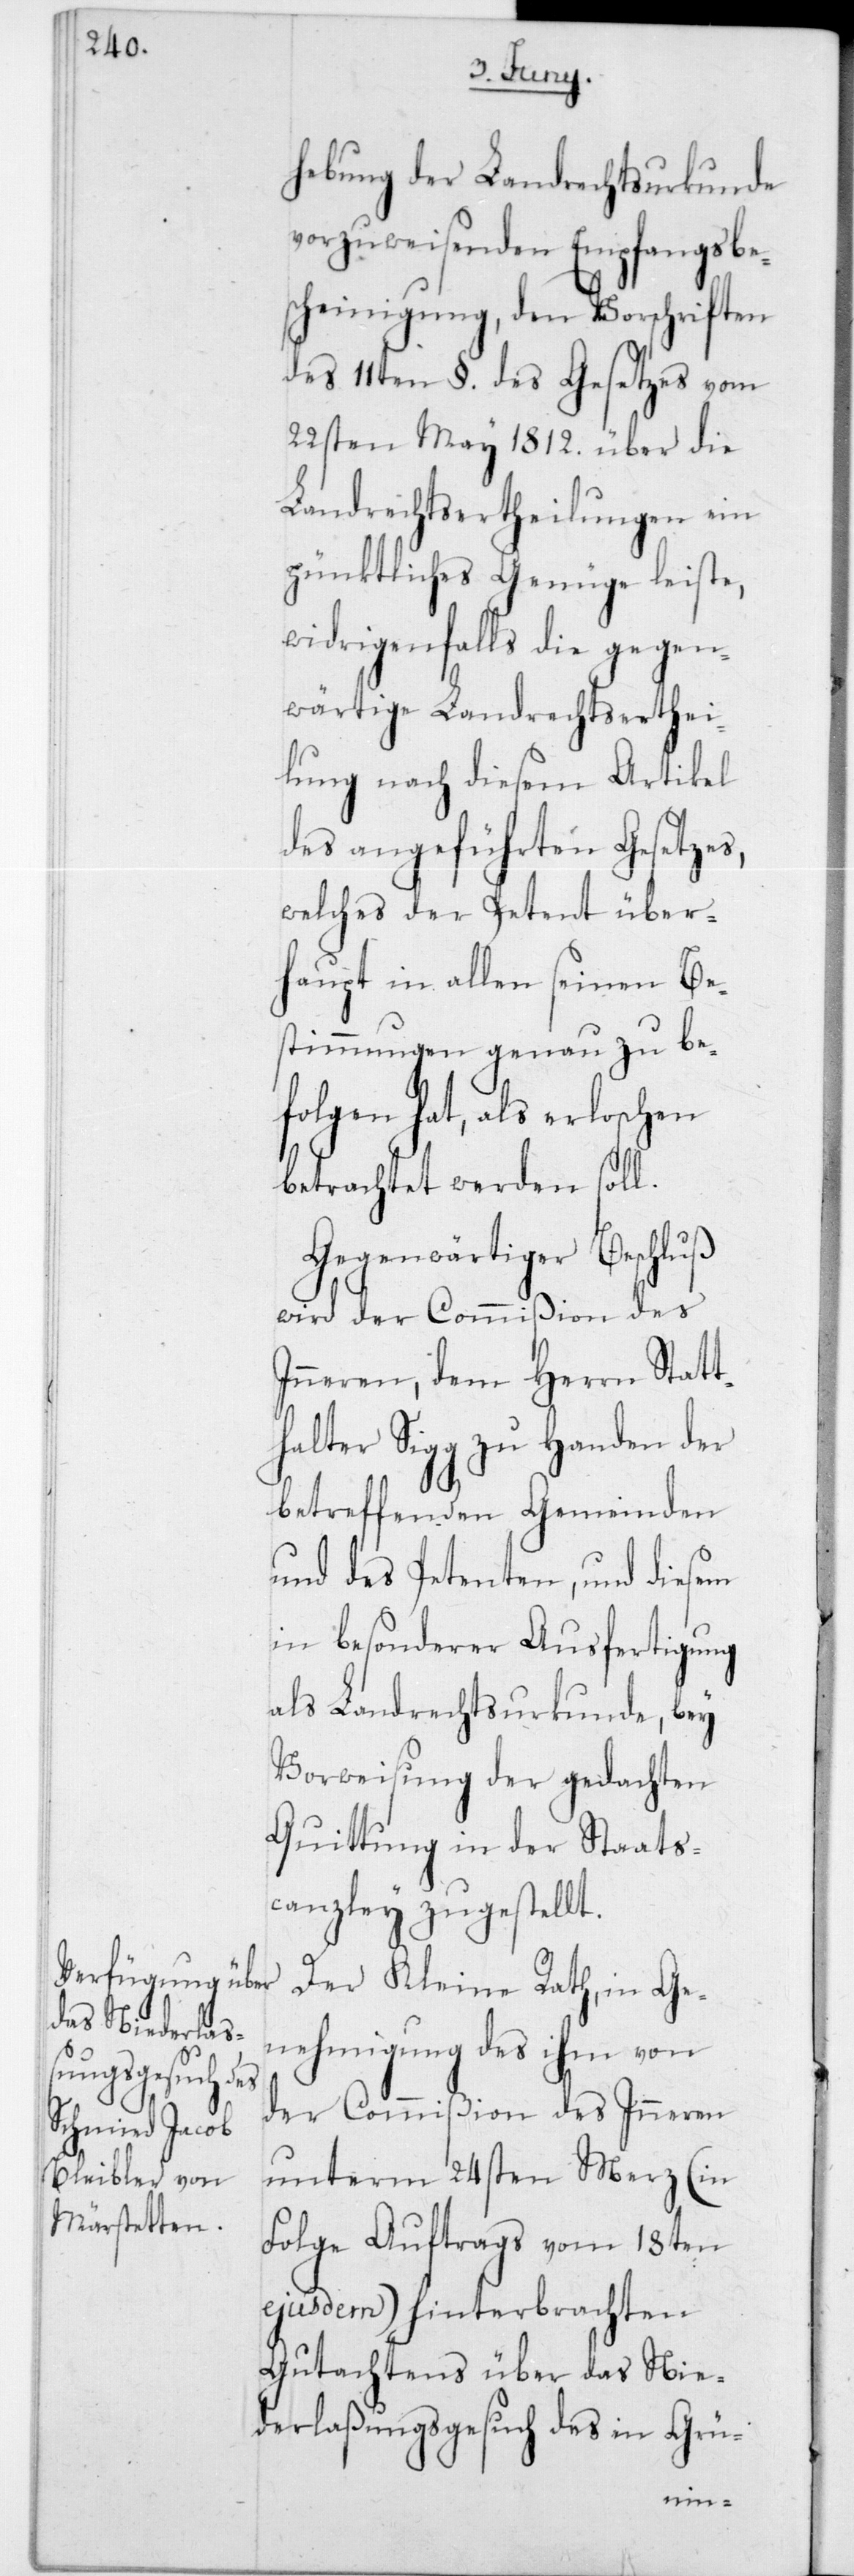
hebung der Landrechtsurkunde
vorzuweisenden Empfangsbe¬
scheinigung, den Vorschriften
des 11ten § des Gesetzes vom
22sten May 1812 über die
Landrechtsertheilungen ein
pünktliches Genüge leiste,
widrigenfalls die gegen¬
wärtige Landrechtserthei¬
lung nach diesem Artikel
des angeführten Gesetzes,
welches der Petent über¬
haupt in allen seinen Be¬
stimmungen genau zu be¬
folgen hat, als erloschen
betrachtet werden soll.
Gegenwärtiger Beschluß
wird der Commißion des
Inneren, dem Herrn Statt¬
halter Sigg zu Handen der
betreffenden Gemeinden
und des Petenten, und diesem
in besonderer Ausfertigung
als Landrechtsurkunde, bey
Vorweisung der gedachten
Quittung in der Staats¬
canzley zugestellt.
Der Kleine Rath, in Ge¬
nehmigung des ihm von
der Commißion des Inneren
unterm 24sten Merz (in
Folge Auftrags vom 18ten
ejusdem) hinterbrachten
Gutachtens über das Nie¬
derlaßungsgesuch des in Grü-